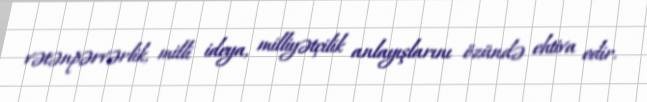
vətənpərvərlik, milli ideya, milliyətçilik anlayışlarını özündə ehtiva edir.